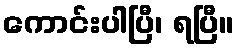
ကောင်းပါပြီ၊ ရပြီ။